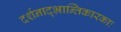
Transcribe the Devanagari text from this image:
दर्शनाद्भ्रान्तिकारकाः